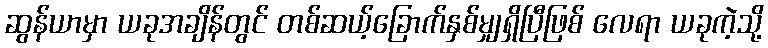
ဆွန်ယာမှာ ယခုအချိန်တွင် တစ်ဆယ့်ခြောက်နှစ်မျှရှိပြီဖြစ် လေရာ ယခုကဲ့သို့